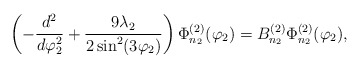
\begin{align*}\left( -\frac{d^{2}}{d\varphi_2 ^{2}}+\frac{9\lambda_2 }{2\sin^{2}(3\varphi_2 )}\right) \Phi_{n_2}^{(2)} (\varphi_2 )=B_{n_2}^{(2)} \Phi_{n_2}^{(2)} (\varphi_2 ), \end{align*}